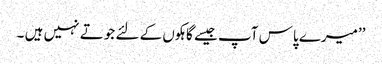
’’میرے پاس آپ جیسے گاہکوں کے لئے جوتے نہیں ہیں ۔